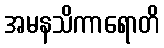
အမနသိကာရောတိ